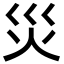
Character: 災